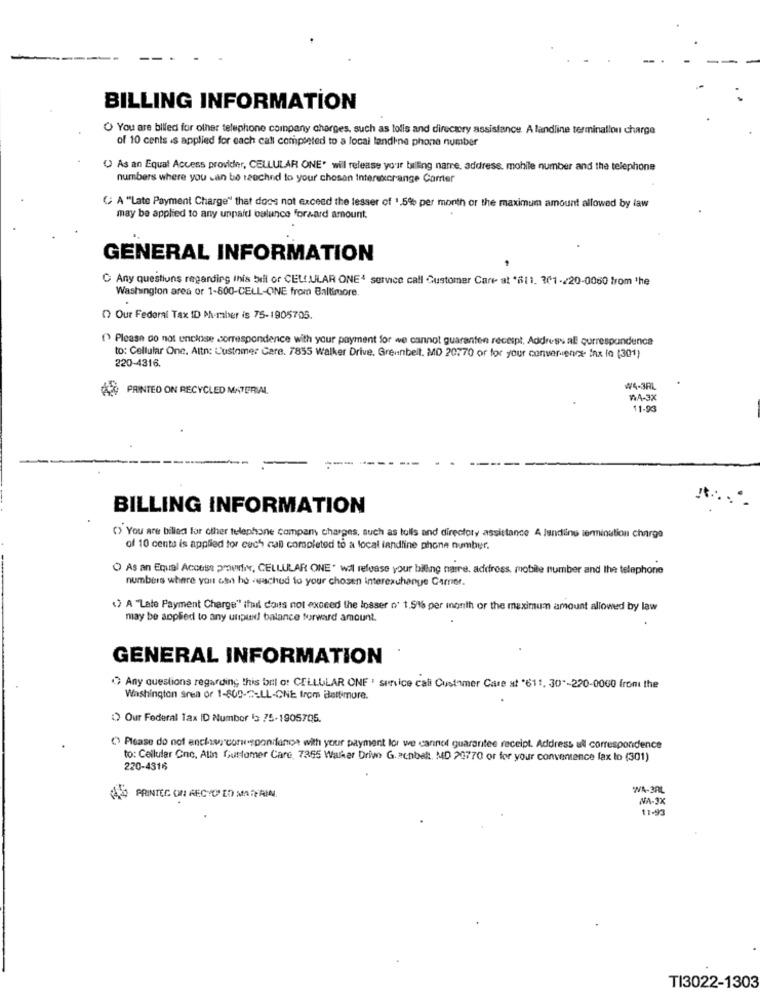
BILLING INFORMATION
You are billed for other telephone company charges, such as tolis and directory assistance A landline terminallou charge
of 10 cents is applied for each call completed to a local landine phone number
( As an Equal Access provider, CELLULAR ONE' will release your billing name, address, mobile number and the telephone
numbers where you can be reached to your chosen Interuxcrange Carrier
( A ""Late Payment Charge" that does not exceed the lesser of 1.5% per month or the maximum amount allowed by law
may be applied to any unpaid balance Forzard amount.
GENERAL INFORMATION
C Any questions regarding this bill of CELLULAR ONE4 service call Customer Care at '811. 201-220-0060 from 'he
Washington area or 1-800-CELL-ONE from Baltimore.
O Our Federal Tax ID M-maber is 75-1905705.
() Please do not enclose correspondence with your payment for we cannot guarantee receipt, Address al qurrespundence
to: Cellular One. Altn: L'ustomer Care. 7855 Walker Drive, Greenbelt. MD 20770 or for your convenience- fax lo (301)
220-4316.
K2 PRINTED ON RECYCLED MATERIAL
₩4-3AL
₩A-3X
11.93
BILLING INFORMATION
() You are billed for other telephone company charges, such as tolls and directory assistance A lending termination charge
of 10 cente is applied tor cech call completed to a local landline phone number.
O As an Equal Accesse privhiv, CELLULAR ONE. wil release your billing narre. address, mobile number and the telephone
numbers where you can he reached to your chosen interexchange Carrier.
() A "Late Payment Charge" ifmail dois not exceed the losser o' 1,51% per month or the maximum amount allowed by law
may be applied to any unpun! balance forward amount.
GENERAL INFORMATION
( Any questions regarding this bort o: CELLULAR ONE ' service call Customer Care at '611. 30"-220-0000 from the
Washington Sren or 1-805-2-LL-ONE from Baltimore.
1) Our Federal Tax ID Number 13 75-1905705.
() Please do not enclase coru-spondanos with your payment lor we cannot guarantee receipt. Address all correspondence
to: Cellular Cnc, Attn Customer Care, 7365 Walker Drive G. aenbalt. MD 20770 or for your convenience fax to (301)
220-4316
WA-3RL
(PRINTED ON RECTO ED MATERIAL.
NA-JX
11-93
TI3022-1303